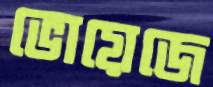
ভোয়েজে